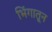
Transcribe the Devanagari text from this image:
भिंगातून